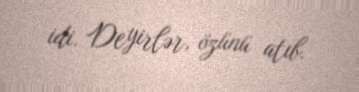
idi. Deyirlər, özünü atıb.